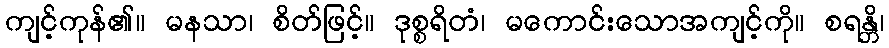
ကျင့်ကုန်၏။ မနသာ၊ စိတ်ဖြင့်။ ဒုစ္စရိတံ၊ မကောင်းသောအကျင့်ကို။ စရန္တိ၊